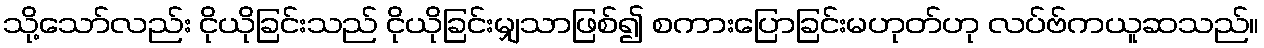
သို့သော်လည်း ငိုယိုခြင်းသည် ငိုယိုခြင်းမျှသာဖြစ်၍ စကားပြောခြင်းမဟုတ်ဟု လပ်ဗ်ကယူဆသည်။